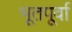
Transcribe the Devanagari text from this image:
भूतपूर्वा